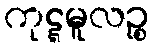
ကုဋ္ဋမူလဉ္စ